Lunatic asylums in Bengal annual reports 1912-1924 - 1912-1924
Year: 1912
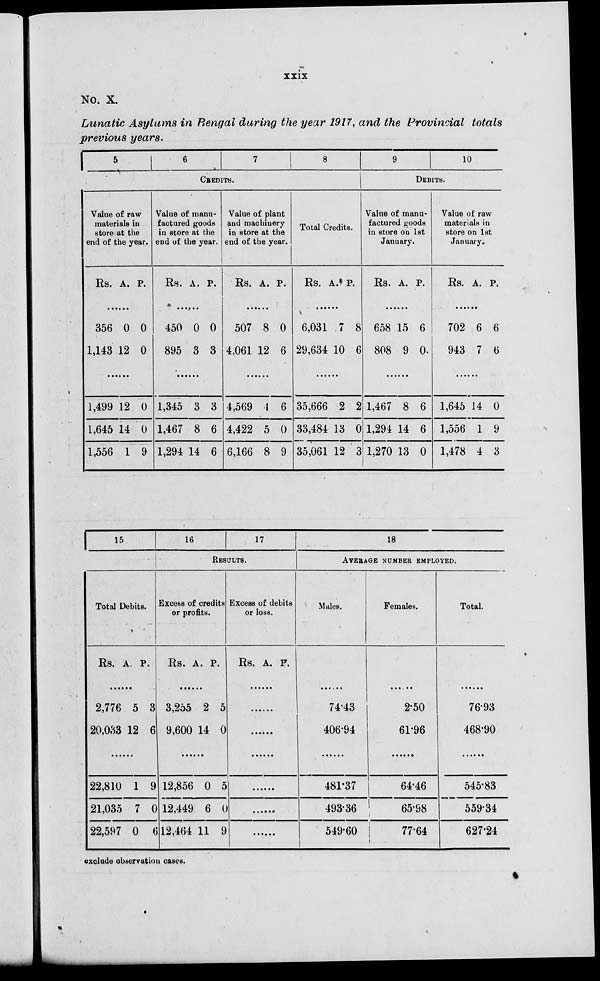
xxix
No. X.
Lunatic Asylums in Bengal during the year 1917, and the Provincial totals
previous years.
5
6
7
8
CREDITS.
Value of raw
materials in
store at the
end of the year.
Rs. A. P.
......
356
1,143
0
12
0
0
......
1,499
1,645
1,556
12
14
1
0
0
9
Value of manu-
factured goods
in store at the
end of the year.
Rs. A.
P.
......
450
895
0
3
0
3
......
1,345
1,467
1,294
3
8
14
3
6
6
Value of plant
and machinery
in store at the
end of the year.
Rs. A. P.
......
507
4,061
8
12
0
6
......
4,569
4,422
6,166
4
5
8
6
0
9
Total Credits.
Rs. A.
P.
......
6,031
29,634
7
10
8
6
......
35,666
33,484
35,061
2
13
12
2
0
3
9
10
DEBITS.
Value of manu-
factured goods
in store on 1st
January.
Rs. A. P.
......
658
808
15
9
6
0
......
1,467
1,294
1,270
8
14
13
6
6
0
Value of raw
materials in
store on 1st
January.
Rs. A. P.
......
702
943
6
7
6
6
......
1,645
1,556
1,478
14
1
4
0
9
3
15
Total Debits.
Rs. A. P.
......
2,776
20,033
5
12
3
6
......
22,810
21,035
22,597
1
7
0
9
0
6
16
17
RESULTS.
Excess of credits
or profits.
Rs. A. P.
......
3,255
9,600
2
14
5
0
......
12,856
12,449
12,464
0
6
11
5
0
9
Excess of debits
or loss.
Rs. A. P.
......
......
......
......
......
......
......
18
AVERAGE NUMBER EMPLOYED.
Males.
......
74.43
406.94
......
481.37
493.36
549.60
Females.
......
2.50
61.96
......
64.46
65.98
77.64
Total.
......
76.93
468.90
......
545.83
559.34
627.24
exclude observation cases.